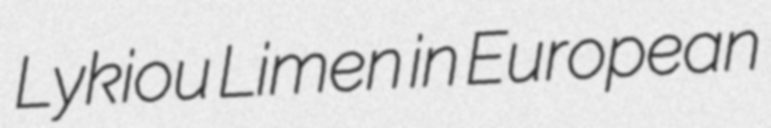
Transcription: Lykiou Limen in European